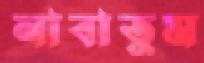
নাবাতুম